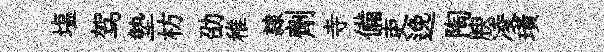
塩驾墊枋劭稚隷劑寺備吏𨓜陶腴凌璜